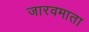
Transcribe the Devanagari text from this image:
जारवमाता